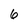
Character: 6